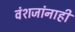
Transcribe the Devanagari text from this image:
वंशजांनाही